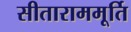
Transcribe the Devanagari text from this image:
सीताराममूर्ति